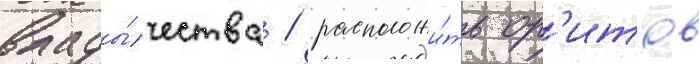
влады́чества / расположи́ть ор'итов